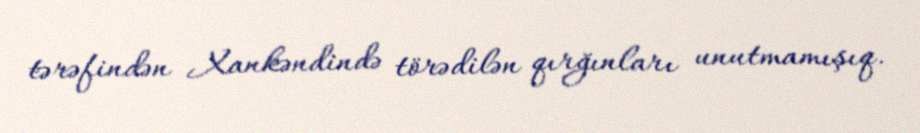
tərəfindən Xankəndində törədilən qırğınları unutmamışıq.